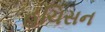
હચિસન